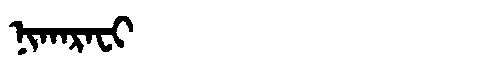
Manchu: ᠨᡳᡴᠠᡵᠠᠸᡳ
Romanization: NIKARAFI